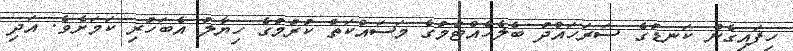
ހިފައިގެން ކަނޑުގެ ސަރަހައްދު ބެލެހެއްޓުމުގެ މަސައްކަތް ކުރުމުގެ ހިޔާލު އެބަހުރި ކަމަށެވެ. އަދި